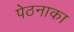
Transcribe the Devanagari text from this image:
पेठनाका